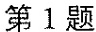
第1题